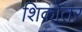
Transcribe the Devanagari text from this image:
शिकोतर